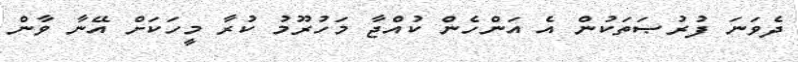
ދެވަނަ ފުރުޞަތަކުން އެ އަންހެން ކުއްޖާ މަހުރޫމު ކުރާ މީހަކަށް އޭނާ ވާން